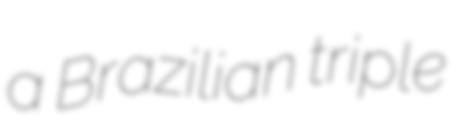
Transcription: a Brazilian triple